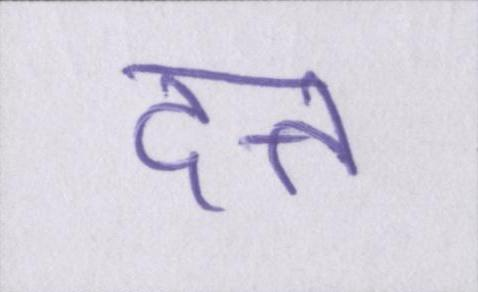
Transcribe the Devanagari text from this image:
दत्त